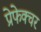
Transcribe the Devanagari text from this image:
प्रेफेक्चर